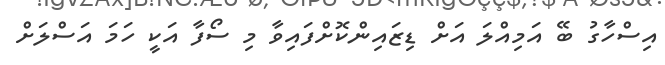
އިސްހާގު ބޭ އަމިއްލަ އަށް ޑިޒައިންކޮށްފައިވާ މި ސޯފާ އަކީ ހަމަ އަސްލަށް